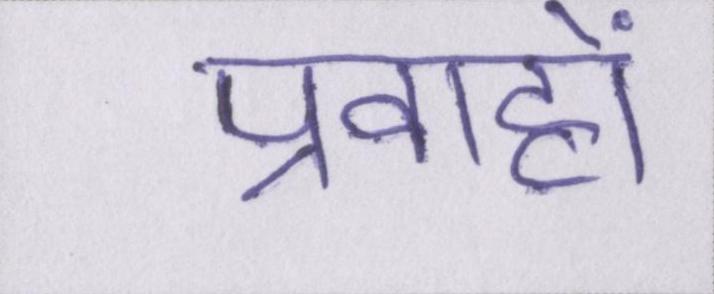
प्रवाहों